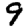
Digit: 9